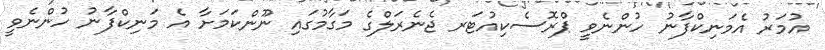
އުމަރު އެމަނިކްފާނު ހުންނެވީ ޕްރޮސެކިއުޓަރ ޖެނެރަލްގެ މަގާމުގައި ނޫންކަމަށާ އެ މަނިކްފާނު ހުންނެވީ